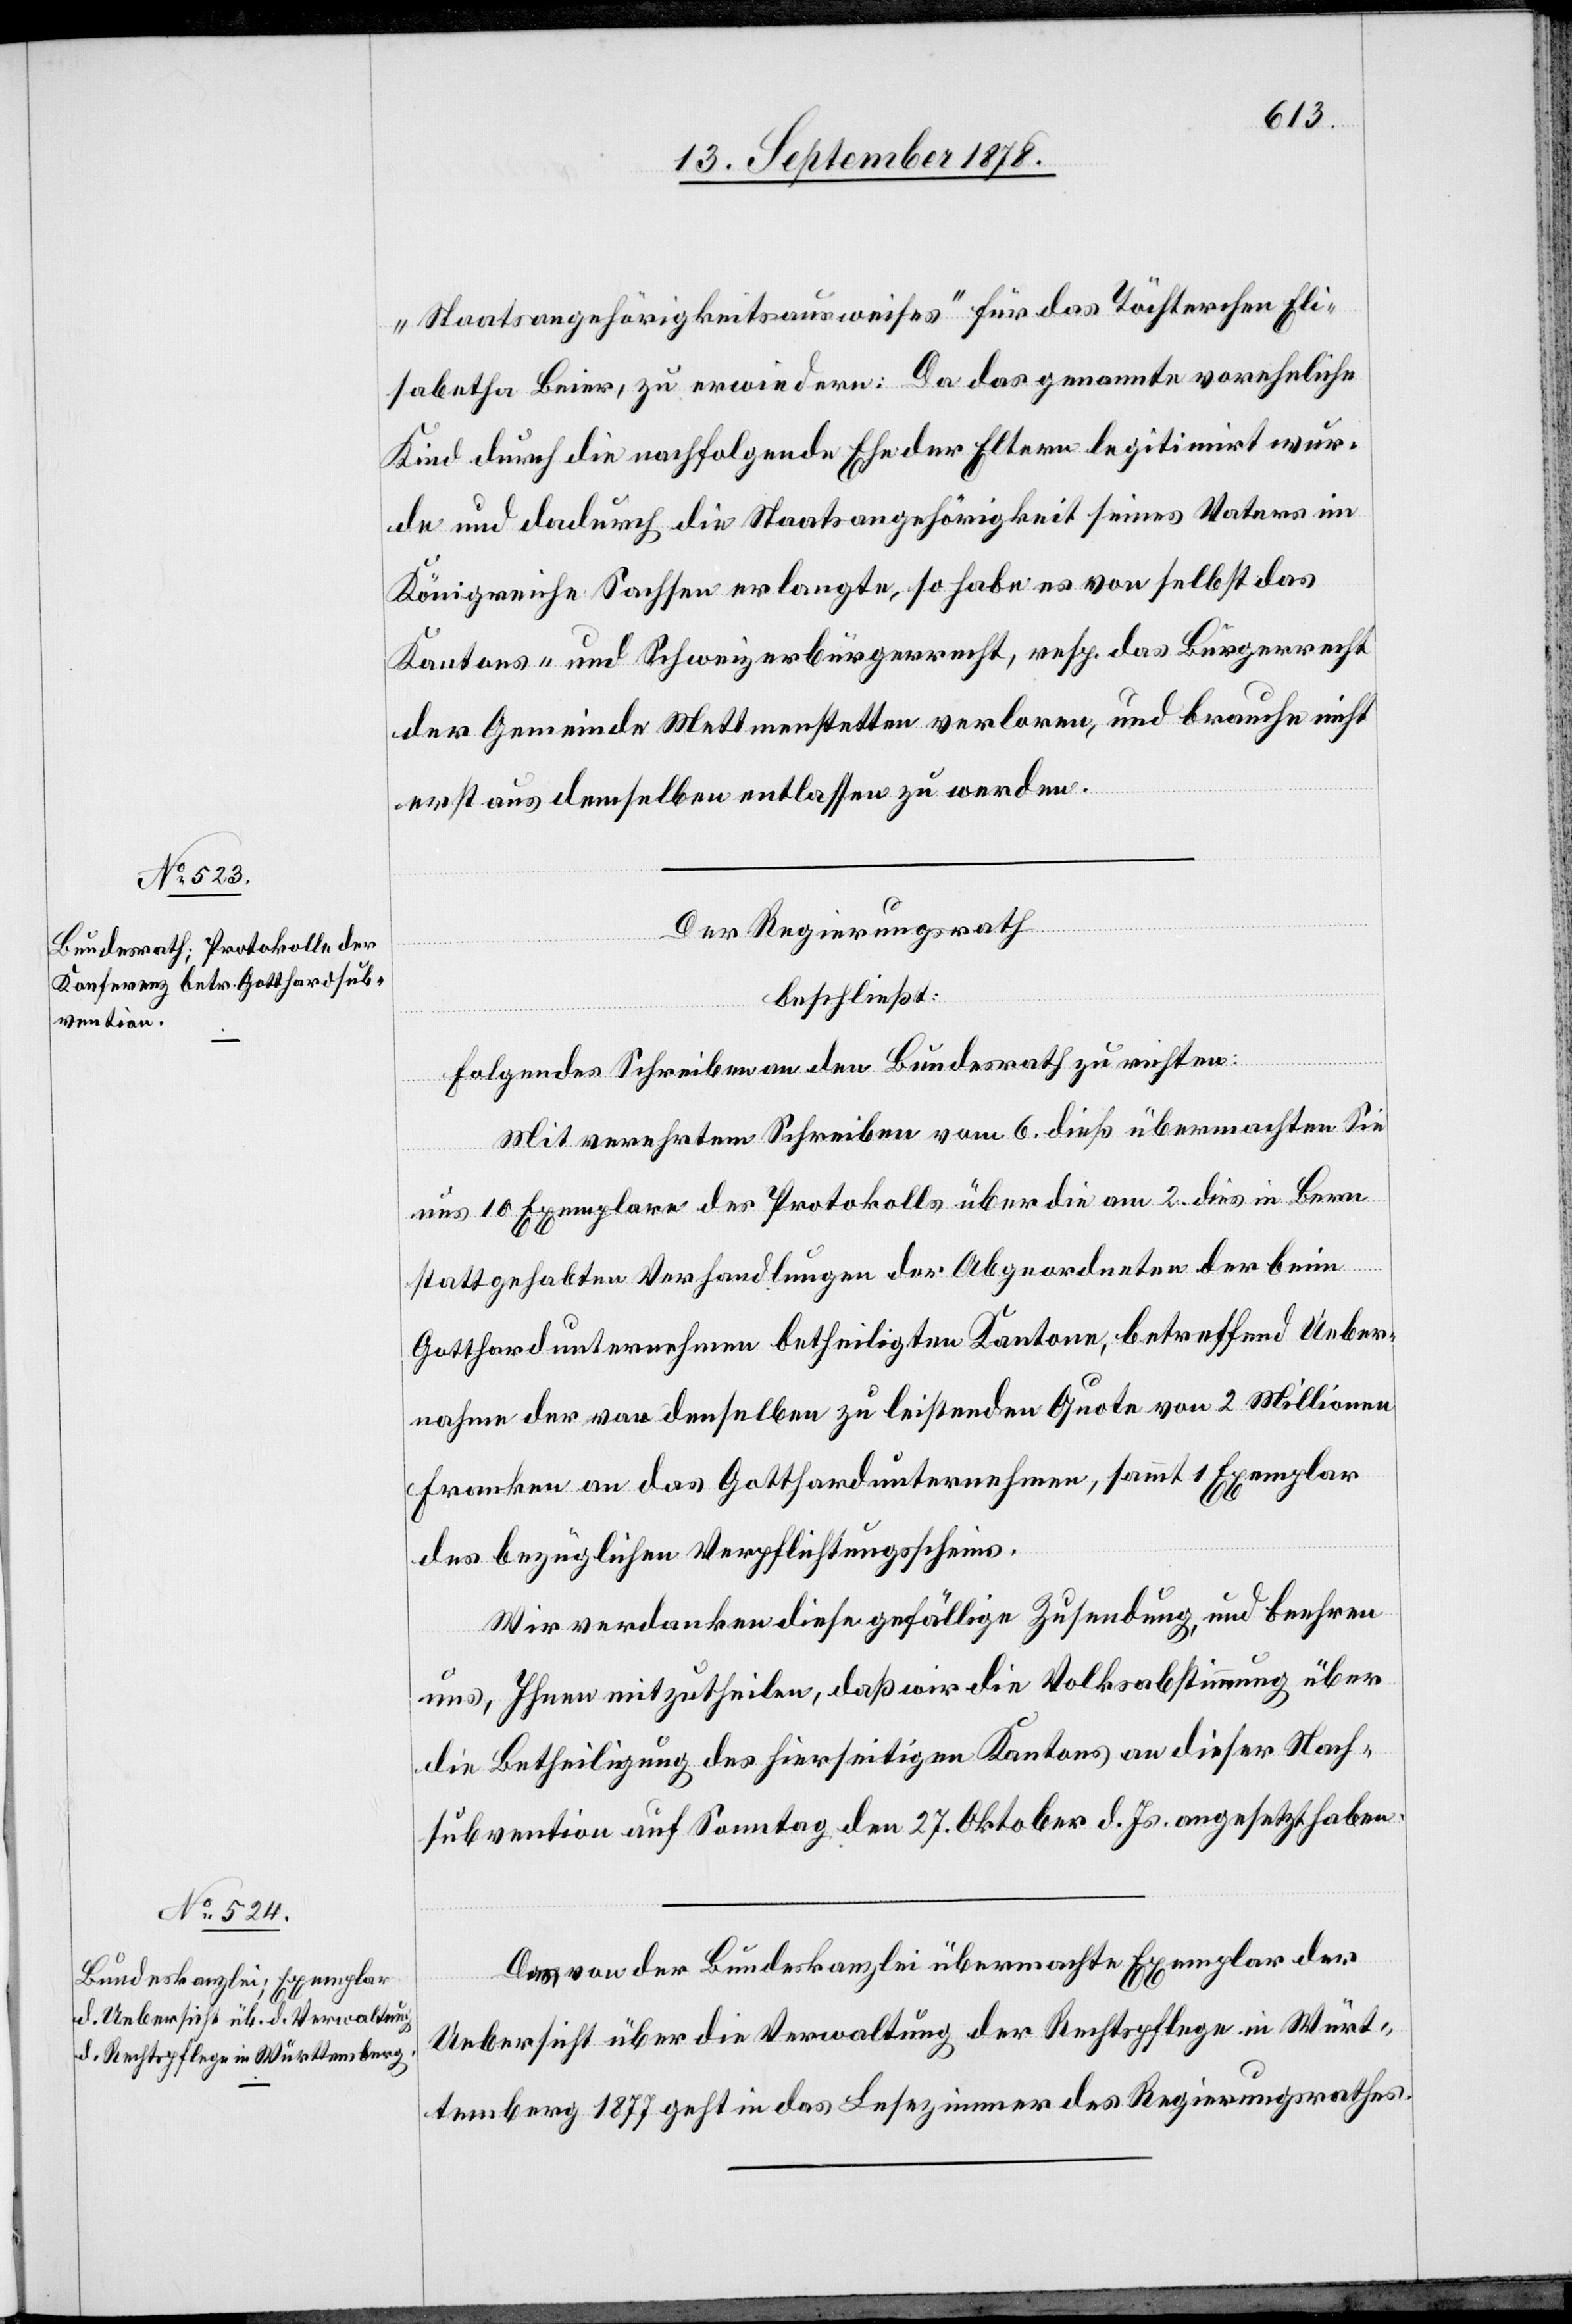
„Staatsangehörigkeitsausweises“ für das Töchterchen Eli¬
sabetha Beier, zu erwiedern: Da das genannte voreheliche
Kind durch die nachfolgende Ehe der Eltern legitimirt wur¬
de und dadurch die Staatsangehörigkeit seines Vaters im
Königreiche Sachsen erlangte, so habe es von selbst das
Kantons- und Schweizerbürgerrecht, resp. das Bürgerrecht
der Gemeinde Mettmenstetten verloren, und brauche nicht
erst aus demselben entlassen zu werden.
Der Regierungsrath
beschließt:
folgendes Schreiben an den Bundesrath zu richten:
Mit verehrtem Schreiben vom 6. dieß übermachten Sie
uns 10 Exemplare des Protokolls über die am 2. dies in Bern
stattgehabten Verhandlungen der Abgeordneten der beim
Gotthardunternehmen betheiligten Kantone, betreffend Ueber¬
nahme der von denselben zu leistenden Quote von 2 Millionen
Franken an das Gotthardunternehmen, sammt 1 Exemplar
des bezüglichen Verpflichtungsscheins.
Wir verdanken diese gefällige Zusendung, und beehren
uns, Ihnen mitzutheilen, daß wir die Volksabstimmung über
die Betheiligung des hierseitigen Kantons an dieser Nach¬
subvention auf Sonntag den 27. Oktober d. Js. angesetzt haben.
Das von der Bundeskanzlei übermachte Exemplar der
Uebersicht über die Verwaltung der Rechtspflege in Würt¬
temberg 1877 geht in das Lesezimmer des Regierungsrathes.